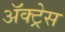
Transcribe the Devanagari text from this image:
ॲक्ट्रेस